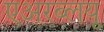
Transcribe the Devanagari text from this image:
एअरब्लयू